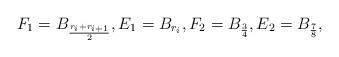
LaTeX: \begin{align*}F_1=B_\frac{r_i+r_{i+1}}{2},E_1=B_{r_i},F_2=B_\frac{3}{4},E_2=B_\frac{7}{8},\end{align*}